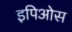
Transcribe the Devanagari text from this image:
इपिओस